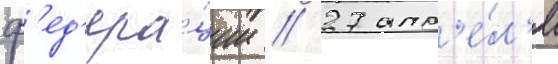
ф'ед'ера́ции // 27 апр'е́л'я